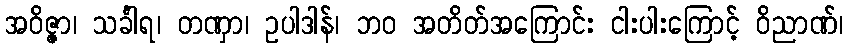
အဝိဇ္ဇာ၊ သင်္ခါရ၊ တဏှာ၊ ဥပါဒါန်၊ ဘဝ အတိတ်အကြောင်း ငါးပါးကြောင့် ဝိညာဏ်၊